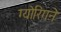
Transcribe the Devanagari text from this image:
ग्योरिंगने